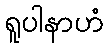
ရူပါနာဟံ